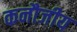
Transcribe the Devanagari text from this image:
कनौजीय